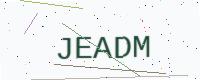
Text: JEADM